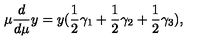
\mu \frac { d } { d \mu } y = y ( \frac 1 2 \gamma _ { 1 } + \frac 1 2 \gamma _ { 2 } + \frac 1 2 \gamma _ { 3 } ) ,